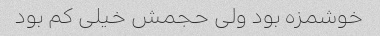
خوشمزه بود ولی حجمش خیلی کم بود